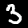
Digit: 3